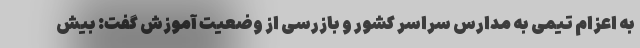
به اعزام تیمی به مدارس سراسر کشور و بازرسی از وضعیت آموزش گفت: بیش